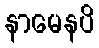
နာမေနပိ